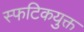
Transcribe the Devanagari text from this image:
स्फटिकयुक्त